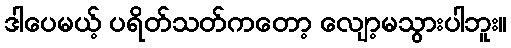
ဒါပေမယ့် ပရိတ်သတ်ကတော့ လျော့မသွားပါဘူး။